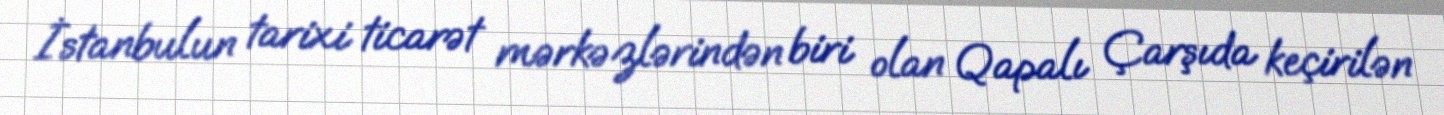
İstanbulun tarixi ticarət mərkəzlərindən biri olan Qapalı Çarşıda keçirilən